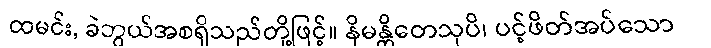
ထမင်း, ခဲဘွယ်အစရှိသည်တို့ဖြင့်။ နိမန္တိတေသုပိ၊ ပင့်ဖိတ်အပ်သော